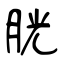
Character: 胱